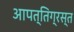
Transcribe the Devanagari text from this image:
आपत्तिग्रस्त